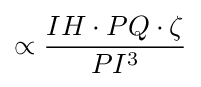
\propto {\frac {IH\cdot PQ\cdot \zeta }{PI^{3}}}